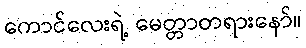
ကောင်လေးရဲ့ မေတ္တာတရားနော်။